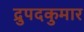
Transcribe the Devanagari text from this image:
द्रुपदकुमार